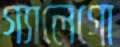
গ্যালেগো